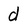
Character: d